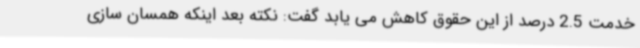
خدمت 2.5 درصد از این حقوق کاهش می یابد گفت: نکته بعد اینکه همسان سازی